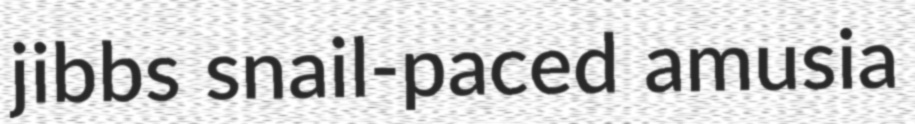
jibbs snail-paced amusia